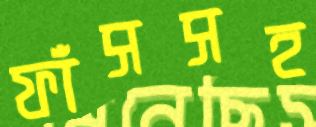
ফাঁসসহ